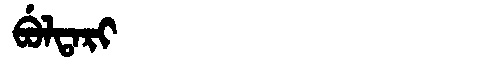
Manchu: ᠪᡠᠯᡨᠠᡵᡳ
Romanization: BULTARI